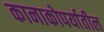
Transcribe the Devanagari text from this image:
कानाकोपर्यातील